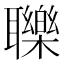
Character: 𦘈